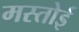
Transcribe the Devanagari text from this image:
मस्तोई